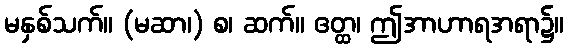
မနှစ်သက်။ (မဆာ၊) စ၊ ဆက်။ ဧတ္ထ၊ ဤအာဟာရအရာ၌။